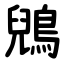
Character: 鶂